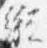
縦